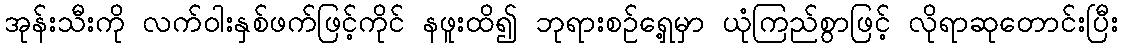
အုန်းသီးကို လက်ဝါးနှစ်ဖက်ဖြင့်ကိုင် နဖူးထိ၍ ဘုရားစဉ်ရှေ့မှာ ယုံကြည်စွာဖြင့် လိုရာဆုတောင်းပြီး